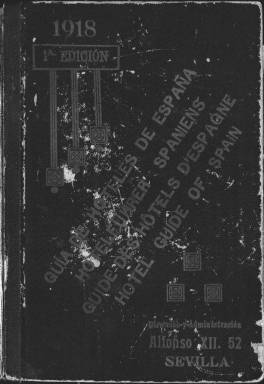
Título: Guía de hoteles de España (Sevilla)
Otros títulos: Hotelführer Spaniens || Guide des hôtels d'Espagne || Hôtel guide of Spain
Colección: Guías y directorios || Revistas turísticas y de viajes
Ámbito geográfico: Sevilla
Lugar de publicación: Sevilla
Fechas: 01/01/1917-31/12/1917